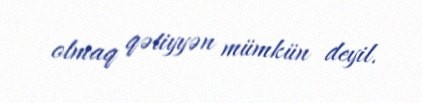
olmaq qətiyyən mümkün deyil.